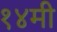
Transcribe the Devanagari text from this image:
१४मी